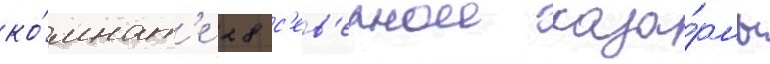
ко́мнат'е 28 с'ев'ернои каза́рмы